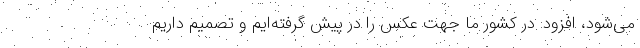
می‌شود، افزود: در کشور ما جهت عکس را در پیش گرفته‌ایم و تصمیم داریم